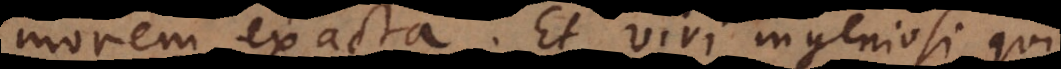
morem exacta. Et viri ingeniosi qui